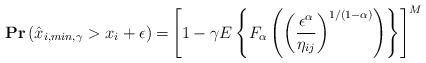
\begin{align*}\mathbf{Pr}\left(\hat{x}_{i,min,\gamma}> x_i + \epsilon\right) =& \left[1- \gamma E\left\{F_\alpha\left(\left(\frac{\epsilon^\alpha}{\eta_{ij}}\right)^{1/(1-\alpha)}\right)\right\}\right]^M\end{align*}